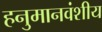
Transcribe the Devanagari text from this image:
हनुमानवंशीय